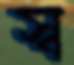
স্ব